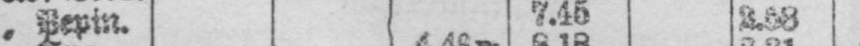
„ Pepin. 7.45 2.58